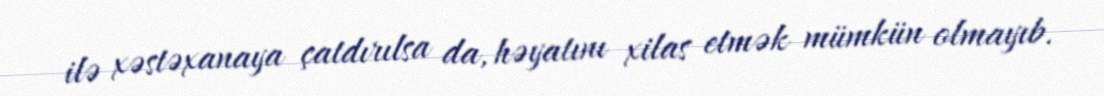
ilə xəstəxanaya çatdırılsa da, həyatını xilas etmək mümkün olmayıb.